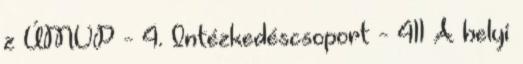
z ÚMVP - 4. Intézkedéscsoport - 411 A helyi